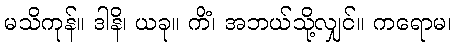
မသိကုန်။ ဒါနိ၊ ယခု။ ကိံ၊ အဘယ်သို့လျှင်။ ကရောမ၊